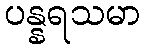
ပန္နရသမာ